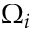
\Omega _ { i }